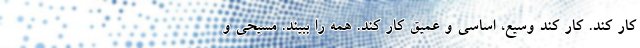
کار کند. کار کند وسیع، اساسی و عمیق کار کند. همه را ببیند. مسیحی و